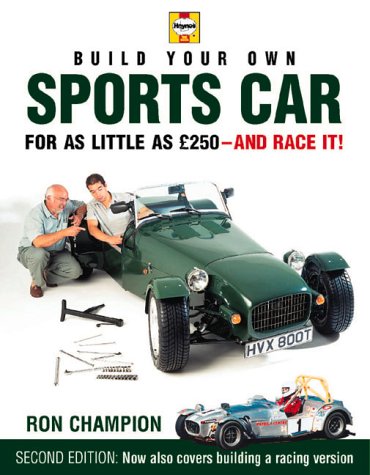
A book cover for Build Your Own Sports Car for as Little as Â£250 and Race It!, 2nd Ed.; Ron Champion; Engineering & Transportation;